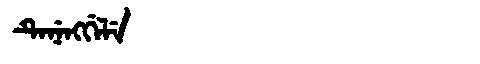
Manchu: ᡨᡝᠨᡝᠩᡤᡝᠯᡝ
Romanization: TENENGGELE